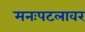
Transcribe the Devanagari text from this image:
मनःपटलावर